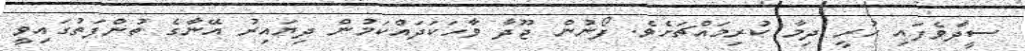
ސީދާވެފައި ހުރީ ދިމާ ކުރިމައްޗަށެވެ. ފޯނުން ޖޫދާ ވާހަކަދައްކަމުން ދިޔައިރު އޭނާގެ ތުންފަތުގައިވީ